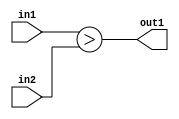
`timescale 1ps / 1ps
/*****************************************************************************
    Verilog RTL Description
    
    
    Created by: Stratus DpOpt 21.05.01 
*******************************************************************************/

module Filter_LessThan_4Ux4U_1U_1 (
	in2,
	in1,
	out1
	); /* architecture "behavioural" */ 
input [3:0] in2,
	in1;
output  out1;
wire  asc001;

assign asc001 = (in1>in2);

assign out1 = asc001;
endmodule

/* CADENCE  urj3TQg= : u9/ySxbfrwZIxEzHVQQV8Q== ** DO NOT EDIT THIS LINE ******/